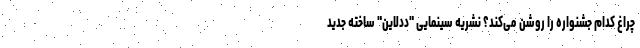
چراغ کدام جشنواره را روشن می‌کند؟ نشریه سینمایی "ددلاین" ساخته جدید